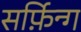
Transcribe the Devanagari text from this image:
सर्फ़िन्ग